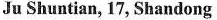
Ju Shuntian, 17, Shandong